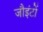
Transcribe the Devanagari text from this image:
जौइंटों